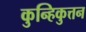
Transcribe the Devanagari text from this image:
कुन्हिकुत्तन